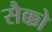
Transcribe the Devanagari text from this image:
सैक्को